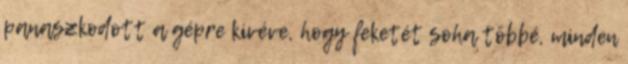
panaszkodott a gépre kivéve, hogy feketét soha többé, minden